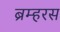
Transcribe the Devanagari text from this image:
ब्रम्हरस